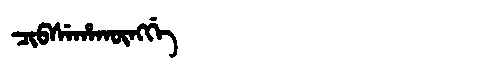
Manchu: ᠴᡳᠪᠰᡝᡥᠠᡴᡡᠩᡤᡝ
Romanization: CIBSEHAKŪNGGE